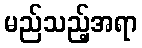
မည်သည့်အရာ